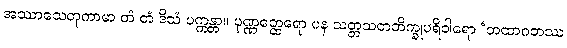
အဿာသေတုကာမာ တံ တံ ဒိသံ ပက္ကန္တာ။ ပုဏ္ဏတ္ထေရော ပန သတ္တသတဘိက္ခုပရိဝါရော ‘တထာဂတဿ